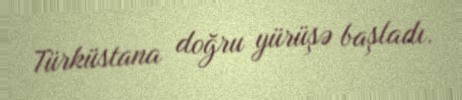
Türküstana doğru yürüşə başladı.